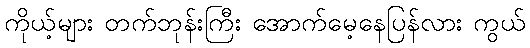
ကိုယ့်များ တက်ဘုန်းကြီး အောက်မေ့နေပြန်လား ကွယ်